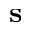
\mathbf { s }